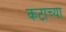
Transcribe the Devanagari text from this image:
कटाच्या